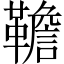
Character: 韂